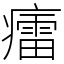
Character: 癗